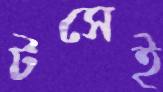
টসেই